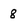
Character: 8